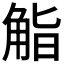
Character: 𮗬